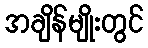
အချိန်မျိုးတွင်